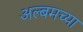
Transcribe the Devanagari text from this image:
अल्बमच्या